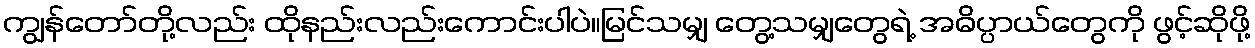
ကျွန်တော်တို့လည်း ထိုနည်းလည်းကောင်းပါပဲ။မြင်သမျှ တွေ့သမျှတွေရဲ့ အဓိပ္ပာယ်တွေကို ဖွင့်ဆိုဖို့